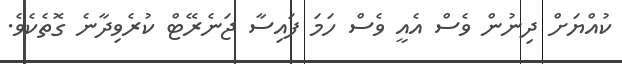
ކުއްޔަށް ދިނުން ވެސް އެއީ ވެސް ހަމަ ފައިސާ ޖަނެރޭޓް ކުރެވިދާނެ ގޮތެކެވެ.